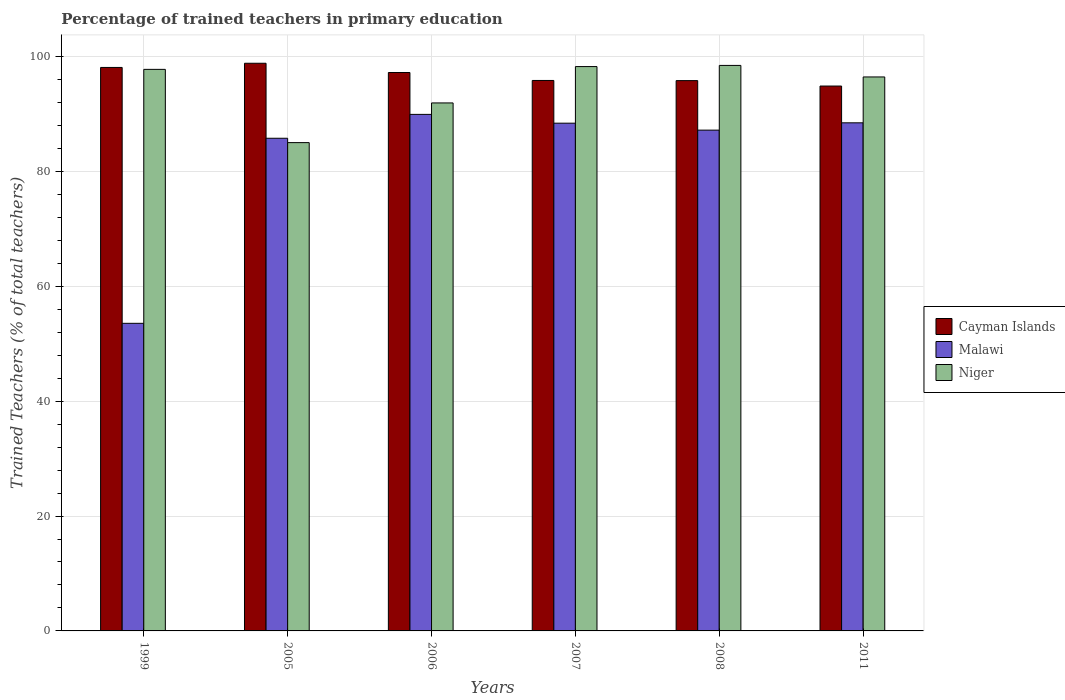
| Years | Cayman Islands | Malawi | Niger |
 | --- | --- | --- | --- |
 | 1999 | 98.1 | 53.5 | 97.8 |
 | 2005 | 98.8 | 85.8 | 85 |
 | 2006 | 97.2 | 89.9 | 91.9 |
 | 2007 | 95.8 | 88.4 | 98.2 |
 | 2008 | 95.8 | 87.2 | 98.4 |
 | 2011 | 94.8 | 88.4 | 96.4 |